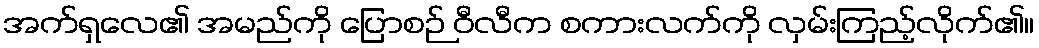
အက်ရှလေ၏ အမည်ကို ပြောစဉ် ဝီလီက စကားလက်ကို လှမ်းကြည့်လိုက်၏။